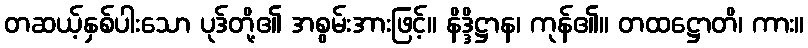
တဆယ့်နှစ်ပါးသော ပုဒ်တို့၏ အစွမ်းအားဖြင့်။ နိဒ္ဒိဋ္ဌာန၊ ကုန်၏။ တထဋ္ဌောတိ၊ ကား။